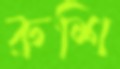
রুশি